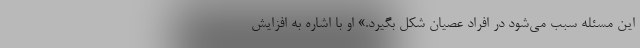
این مسئله سبب می‌شود در افراد عصیان شکل بگیرد.» او با اشاره به افزایش